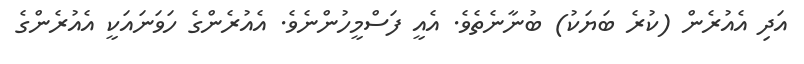
އަދި އެއުރެން (ކުރެ ބަޔަކު) ބުނާނެތެވެ. އެއީ ފަސްމީހުންނެވެ. އެއުރެންގެ ހަވަނައަކީ އެއުރެންގެ